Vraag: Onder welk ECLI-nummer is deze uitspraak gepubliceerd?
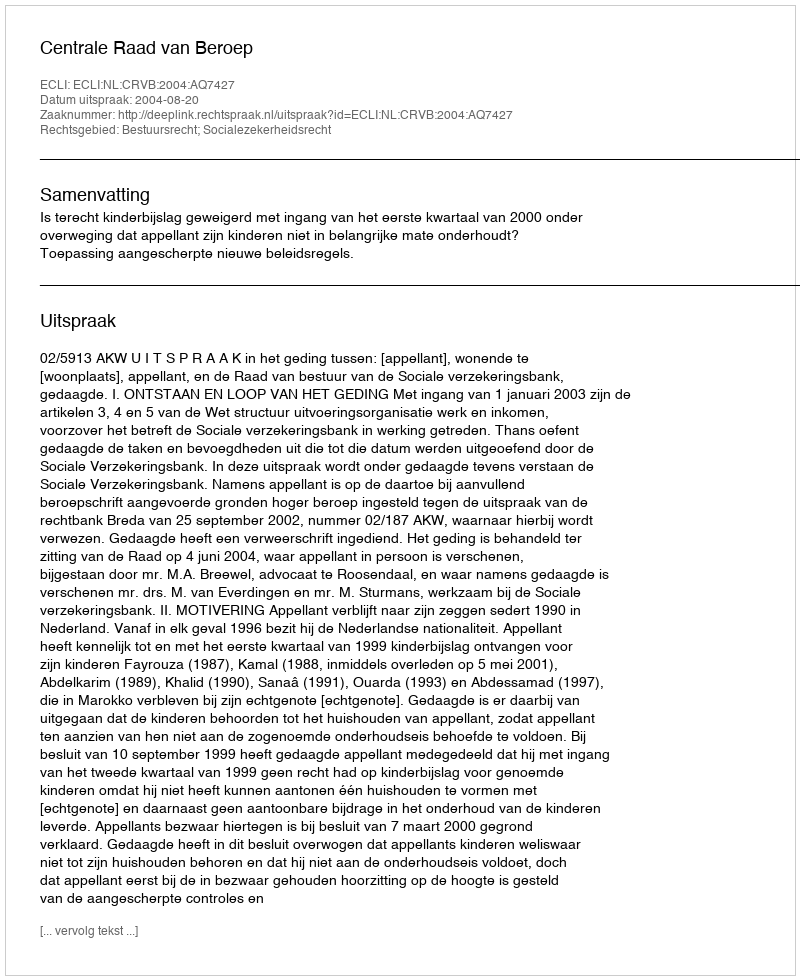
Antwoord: ECLI:NL:CRVB:2004:AQ7427